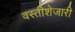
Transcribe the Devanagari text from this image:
वस्तीशेजारी